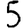
Digit: 5